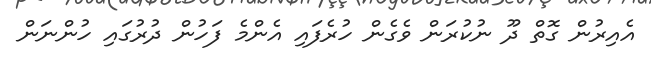
އެއިރުން ގޮތް ދޫ ނުކުރަން ވެގެން ހުރެފައި އެންމެ ފަހުން ދުރުގައި ހުންނަން